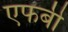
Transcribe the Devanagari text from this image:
एफबी